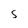
Character: S